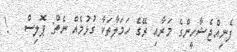
ފެނިއްޖެޝާހީންގެ މަރާއި ރޭގެ ހަމަލާތަކާ ގުޅުމެއް ނެތް: ޕޮލިސް   !